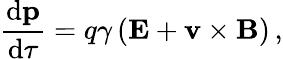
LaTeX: {\frac{\mathrm{d}\mathbf{p}}{\mathrm{d}\tau}}=q\gamma\left(\mathbf{E}+\mathbf{v}\times\mathbf{B}\right)\, ,